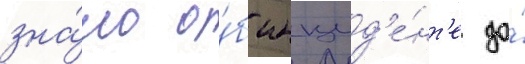
зна́ло о́б инцид'е́нт'е до́